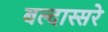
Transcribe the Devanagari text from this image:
बल्दास्सरे